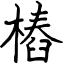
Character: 樁